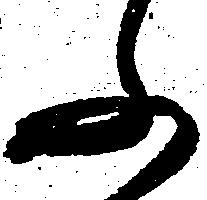
ふ